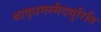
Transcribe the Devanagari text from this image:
श्राद्धमस्मैदद्युरिति